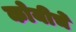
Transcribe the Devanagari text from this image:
कोयीचे